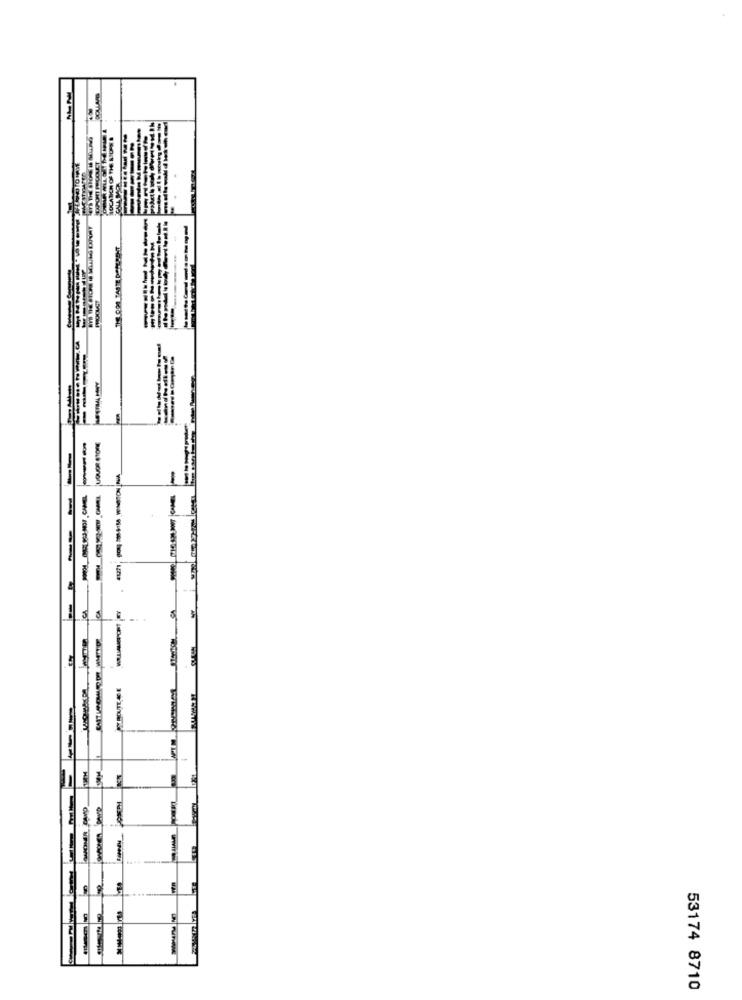
--
-----
-------
----------
--
-
-
-
---
...
---
53174 8710